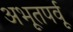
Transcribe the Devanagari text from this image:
अभूतपर्वू